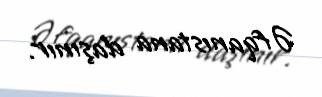
Əfqanıstana daşınır.